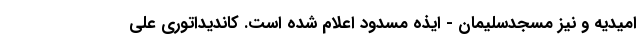
امیدیه و نیز مسجدسلیمان - ایذه مسدود اعلام شده است. کاندیداتوری علی